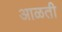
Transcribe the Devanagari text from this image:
आळती